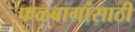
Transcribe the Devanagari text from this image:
फळबागांसाठी